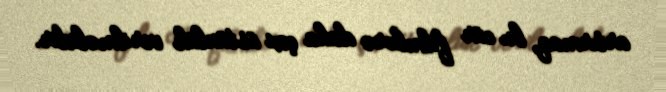
artırmaq, bu cür filmlərə daha çox üstünlük verilməlidir.